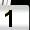
Digit: 1